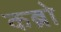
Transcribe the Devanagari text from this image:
कब्रो